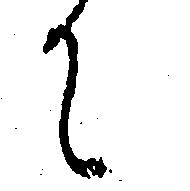
て